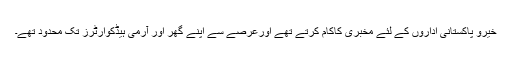
خیرو پاکستانی اداروں کے لئے مخبری کاکام کرتے تھے اورعرصے سے اپنے گھر اور آرمی ہیڈکوارٹرز تک محدود تھے۔